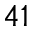
4 1